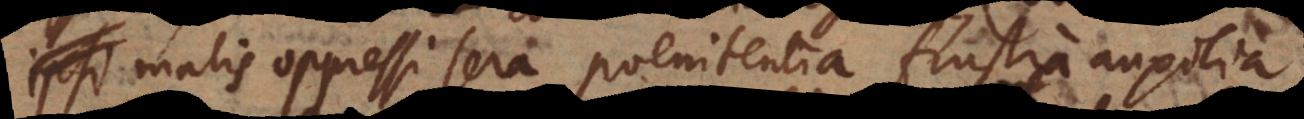
ipsi malis oppressi sera poenitentia frustra auxilia